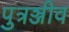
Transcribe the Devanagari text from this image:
पुत्रञ्जीव